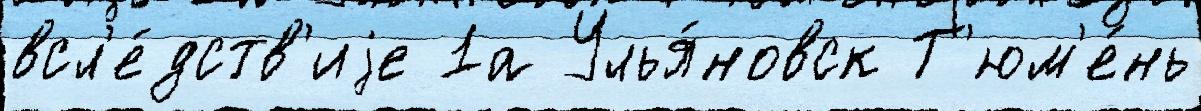
всл'е́дств'иjе 1а Улья́новск Т'юм'е́нь